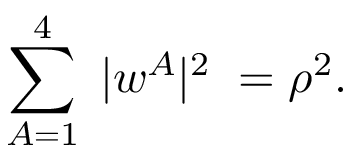
\sum _ { A = 1 } ^ { 4 } \; | w ^ { A } | ^ { 2 } \; = \rho ^ { 2 } .